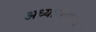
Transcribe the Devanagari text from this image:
अध्यारोपाचा